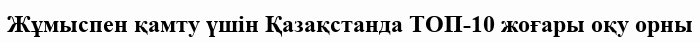
Жұмыспен қамту үшін Қазақстанда ТОП-10 жоғары оқу орны